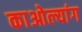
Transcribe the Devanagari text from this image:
काओल्यांग